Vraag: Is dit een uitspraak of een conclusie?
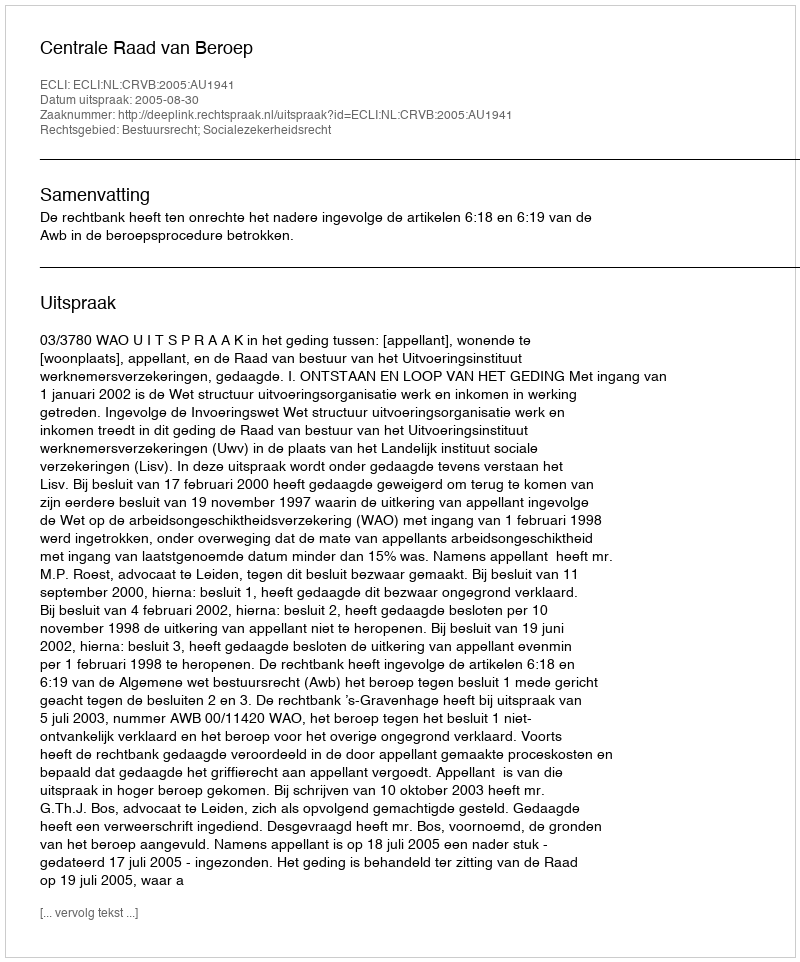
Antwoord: Uitspraak